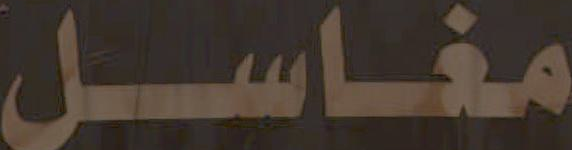
مغاسل